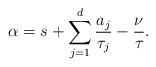
LaTeX: \begin{align*}\alpha=s+\sum_{j=1}^d \frac{a_j}{\tau_j}-\frac{\nu}{\tau_{}}.\end{align*}